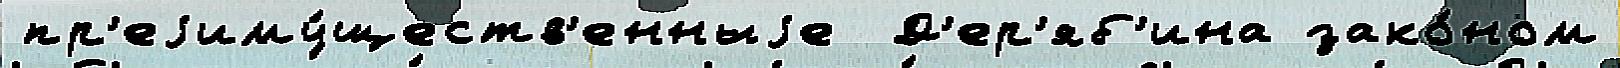
пр'еjиму́ществ'енныjе  Д'ер'яб'ина зако́ном